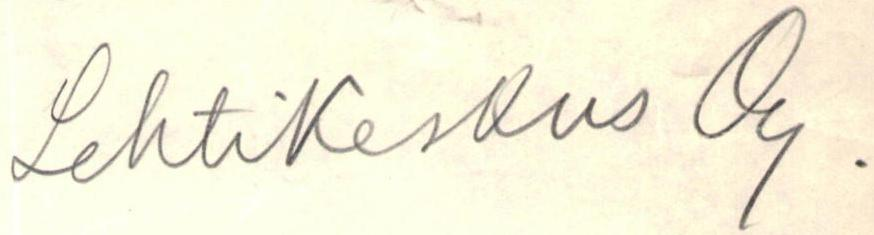
Lehtikeskus Oy.